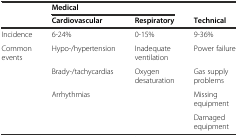
<table><thead><tr><td></td><td colspan="2"><b>Medical</b></td><td></td></tr><tr><td></td><td><b>Cardiovascular</b></td><td><b>Respiratory</b></td><td><b>Technical</b></td></tr></thead><tbody><tr><td>Incidence</td><td>6-24%</td><td>0-15%</td><td>9-36%</td></tr><tr><td rowspan="4">Common events</td><td>Hypo-/hypertension</td><td>Inadequate ventilation</td><td>Power failure</td></tr><tr><td>Brady-/tachycardias</td><td>Oxygen desaturation</td><td>Gas supply problems</td></tr><tr><td>Arrhythmias</td><td></td><td>Missing equipment</td></tr><tr><td></td><td></td><td>Damaged equipment</td></tr></tbody></table>